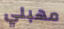
مهبلي